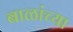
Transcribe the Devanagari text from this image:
बाळांच्या